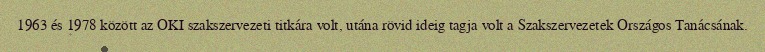
1963 és 1978 között az OKI szakszervezeti titkára volt, utána rövid ideig tagja volt a Szakszervezetek Országos Tanácsának.